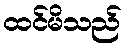
ထင်မိသည်